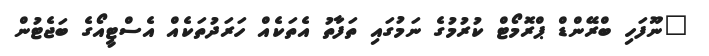
"ނޫފަހި ބްރޭންޑް ޕްރޮމޯޓް ކުރުމުގެ ނަމުގައި ތަފާތު އެތަކެއް ހަރަދުތަކެއް އެސްޓީއޯގެ ބަޖެޓުން